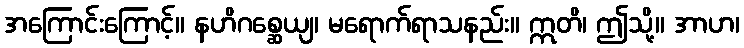
အကြောင်းကြောင့်။ နဟိဂစ္ဆေယျ၊ မရောက်ရာသနည်း။ ဣတိ၊ ဤသို့။ အာဟ၊